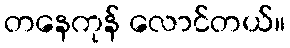
တနေကုန် လောင်တယ်။